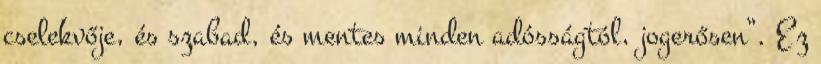
cselekvője, és szabad, és mentes minden adósságtól, jogerősen”. Ez